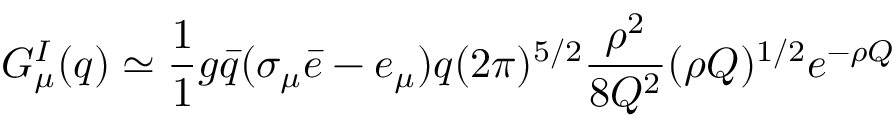
G _ { \mu } ^ { I } ( q ) \simeq \frac { 1 } { 1 } { g } \bar { q } ( \sigma _ { \mu } \bar { e } - e _ { \mu } ) q ( 2 \pi ) ^ { 5 / 2 } \frac { \rho ^ { 2 } } { 8 Q ^ { 2 } } ( \rho Q ) ^ { 1 / 2 } e ^ { - \rho Q }